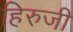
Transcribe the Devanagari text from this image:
हिरुजी